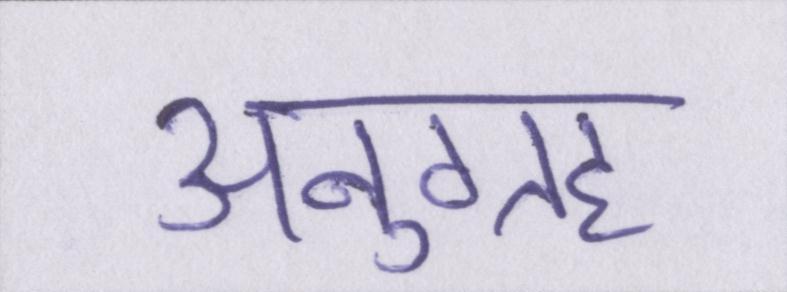
अनुग्रह